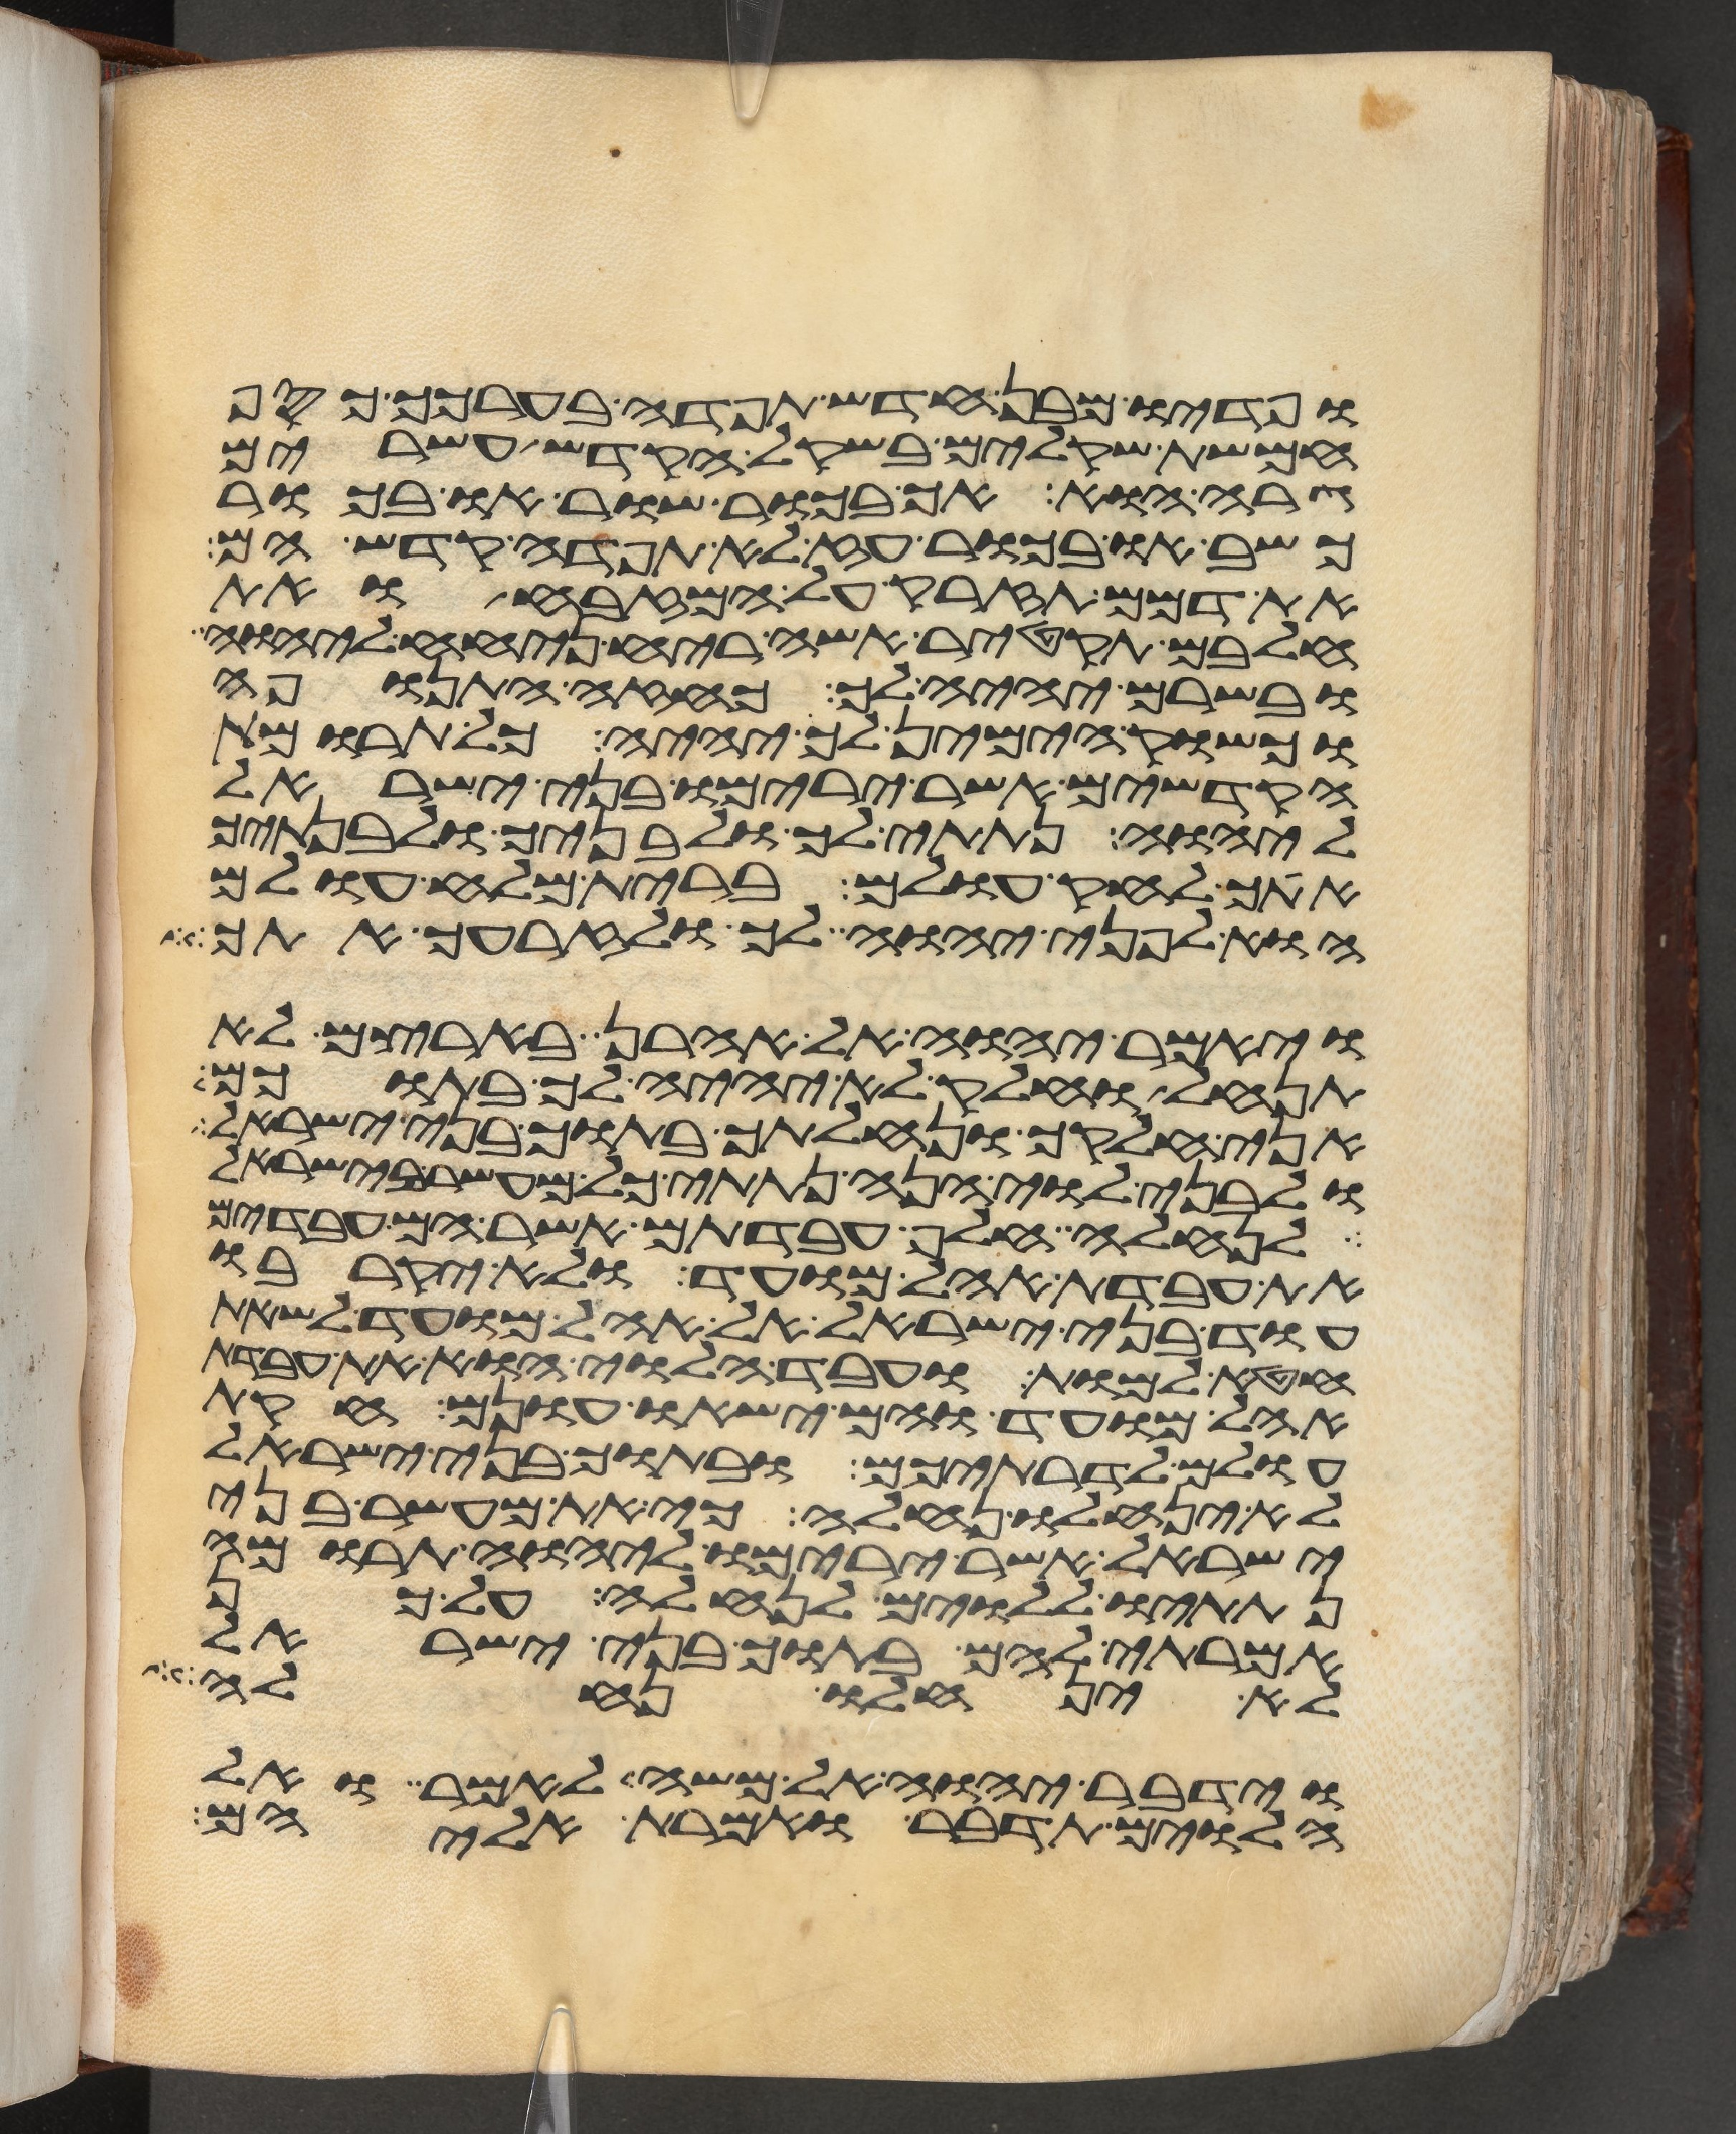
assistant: ופדיו מבן חדש תפדה בערכך כסף
חמשת שקלים בשקל הקדש עשרים
גרה הוא אך בכור שור או בכור
כשב או בכור עז לא תפדה קדש הם
את דמם תזרק על המזבח ואת
חלבם תקטיר אשה ריח ניחח ליהוה
ובשרם יהיה לך כחזה התנופה
וכשוק הימין לך יהיה כל תרומת
הקדשים אשר ירימו בני ישראל
ליהוה נתתי לך ולבניך ולבנתיך
אתך לחק עולם ברית מלח עולם
הוא לפני יהוה לך ולזרעך אתך
ויאמר יהוה אל אהרן בארצם לא
תנחל וחלק לא יהיה לך בתוכם
אני חלקך ונחלתך בתוך בני ישראל
ולבני לוי הנה נתתי כל מעשר בישראל
לנחלה חלף עבדתם אשר הם עבדים
את עבדת אהל מועד ולא יקרבו
עוד בני ישראל אל אהל מועד לשאת
חטא למות ועבד הלוי הוא את עבדת
אהל מועד והם ישאו עונם חקות
עולם לדרתיכם ובתוך בני ישראל
לא ינחלו נחלה כי את מעשר בני
ישראל אשר ירימו ליהוה תרומה
נתתיו ללוים לנחלה על כן
אמרתי להם בתוך בני ישראל
לא ינחלו נחלה
וידבר יהוה אל משה לאמר ואל
הלוים תדבר ואמרת אליהם